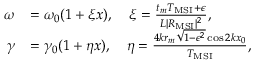
\begin{array} { r l } { \omega } & { = \omega _ { 0 } ( 1 + \xi x ) , \quad \xi = \frac { t _ { m } T _ { \mathrm { M S I } } + \epsilon } { L | R _ { \mathrm { M S I } } | ^ { 2 } } , } \\ { \gamma } & { = \gamma _ { 0 } ( 1 + \eta x ) , \quad \eta = \frac { 4 k r _ { m } \sqrt { 1 - \epsilon ^ { 2 } } \cos 2 k x _ { 0 } } { T _ { \mathrm { M S I } } } , } \end{array}